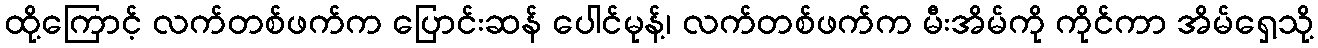
ထို့ကြောင့် လက်တစ်ဖက်က ပြောင်းဆန် ပေါင်မုန့်၊ လက်တစ်ဖက်က မီးအိမ်ကို ကိုင်ကာ အိမ်ရှေ့သို့